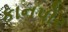
કાનપોર